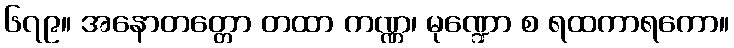
၆၇၉။ အနောတတ္တော တထာ ကဏ္ဏ၊ မုဏ္ဍော စ ရထကာရကော။